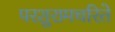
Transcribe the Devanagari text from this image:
परशुरामचरिते